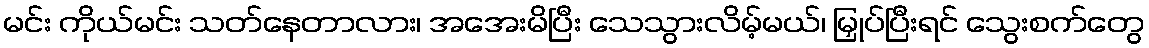
မင်း ကိုယ်မင်း သတ်နေတာလား၊ အအေးမိပြီး သေသွားလိမ့်မယ်၊ မြှုပ်ပြီးရင် သွေးစက်တွေ